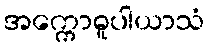
အက္ကောဓူပါယာသံ